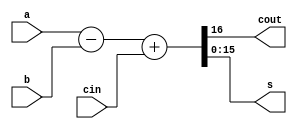
module Adder1(a,b,cin,cout,s) ;
parameter n = 16 ;
input [n-1:0] a, b ;
input cin ;
output [n-1:0] s ;
output cout ;
assign {cout, s} = a - b + cin ;
endmodule

module AddSub(a,b,sub,s,ovf) ;
parameter n = 16 ;
input [n-1:0] a, b ;
input sub ; // subtract if sub=1, otherwise add
output [n-1:0] s ;
output ovf ; // 1 if overflow
wire c1, c2 ; // carry out of last two bits
assign ovf = c1 ^ c2 ; // overflow if signs don't match
// add non sign bits
Adder1 #(n-1) ai(a[n-2:0],b[n-2:0]^{n-1{sub}},sub,c1,s[n-2:0]) ;
// add sign bits
Adder1 #(1) as(a[n-1],b[n-1]^sub,c1,c2,s[n-1]) ;
endmodule

module tb_N_bit_subtractor;
 // Inputs
 reg [15:0] input1;
 reg [15:0] input2;
 // Outputs
 wire [15:0] answer;

 // Instantiate the Unit Under Test (UUT)
 AddSub uut (
  .a(input1), 
  .b(input2), 
  .sub(1'b0), 
  .s(answer),
  .ovf()
 );

 initial begin
  // Initialize Inputs
  input1 = 1000;
  input2 = 999;
  #100;
  $display("Subtractor:");
  $display("A:          %b", input1);
  $display("B:          %b", input2);
  $display("Difference: %b", answer);
 end
      
endmodule